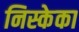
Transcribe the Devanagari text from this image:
निस्केका